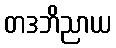
တဒဘိညာယ